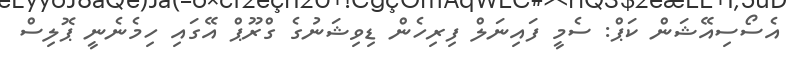
އެސޯސިއޭޝަން ކަޕް: ސެމީ ފައިނަލް ފިރިހެން ޑިިވިޝަނުގެ ގްރޫޕް އޭގައި ހިމެނެނީ ޕޮލިސް